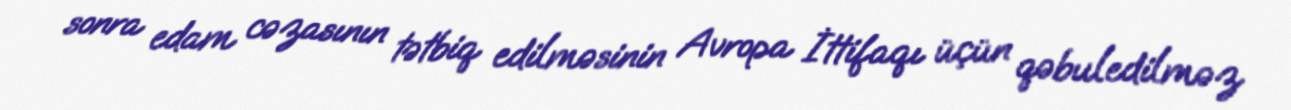
sonra edam cəzasının tətbiq edilməsinin Avropa İttifaqı üçün qəbuledilməz